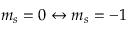
m _ { s } = 0 \leftrightarrow m _ { s } = - 1